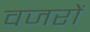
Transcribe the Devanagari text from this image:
वजरों